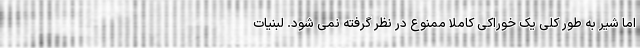
اما شیر به طور کلی یک خوراکی کاملا ممنوع در نظر گرفته نمی شود. لبنیات